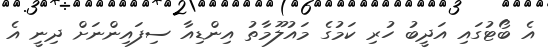
އެ ބޯޓުގައި އަދީބު ހުރި ކަމުގެ މައުލޫމާތު އިންޑިއާ ސިފައިންނަށް ދިނީ އެ